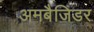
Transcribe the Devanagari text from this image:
अमबैजिडर